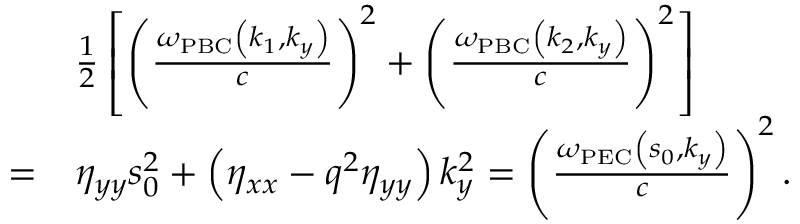
\begin{array} { r l } & { \frac { 1 } { 2 } \left[ \left( \frac { \omega _ { \mathrm { P B C } } \left( k _ { 1 } , k _ { y } \right) } { c } \right) ^ { 2 } + \left( \frac { \omega _ { \mathrm { P B C } } \left( k _ { 2 } , k _ { y } \right) } { c } \right) ^ { 2 } \right] } \\ { = } & { \eta _ { y y } s _ { 0 } ^ { 2 } + \left( \eta _ { x x } - q ^ { 2 } \eta _ { y y } \right) k _ { y } ^ { 2 } = \left( \frac { \omega _ { \mathrm { P E C } } \left( s _ { 0 } , k _ { y } \right) } { c } \right) ^ { 2 } . } \end{array}